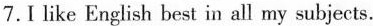
7.I like English best in all my subjects.